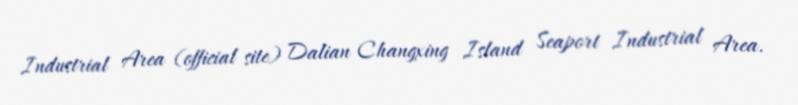
Industrial Area (official site) Dalian Changxing Island Seaport Industrial Area.